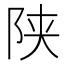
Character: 陕